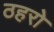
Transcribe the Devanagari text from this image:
ठहरो